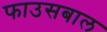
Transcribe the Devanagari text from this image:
फाउसबाल